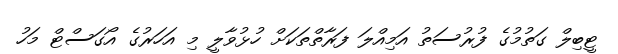
ޓީބިލް ގަތުމުގެ ފުރުސަތު އަމިއްލަ ފަރާތްތަކަށް ހުޅުވާލީ މި އަހަރުގެ އޯގަސްޓް މަހު